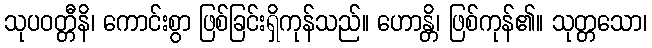
သုပဝတ္တီနိ၊ ကောင်းစွာ ဖြစ်ခြင်းရှိကုန်သည်။ ဟောန္တိ၊ ဖြစ်ကုန်၏။ သုတ္တသော၊